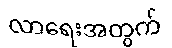
လာရေးအတွက်